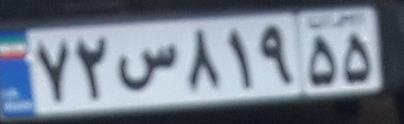
۷۲س۸۱۹۵۵